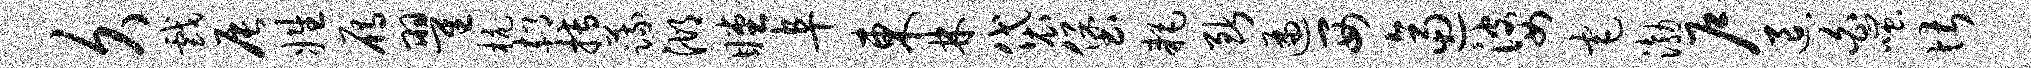
久戏辰姓雁翟杭郝搏蔬湖瞠阜东林袋堡耗断遍西逼婆宅渤户退白嗤堪